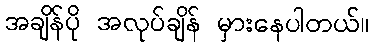
အချိန်ပို အလုပ်ချိန် မှားနေပါတယ်။